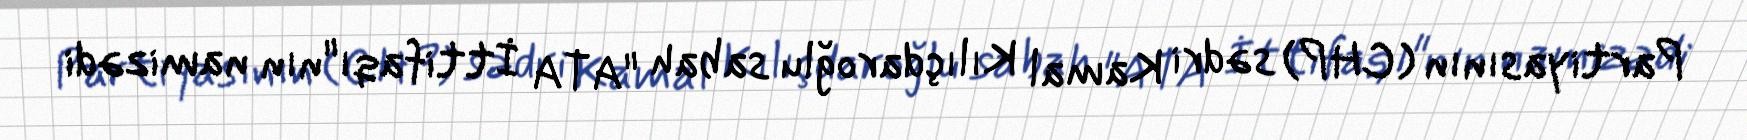
Partiyasının (CHP) sədri Kamal Kılıçdaroğlu sabah "ATA İttifaqı"nın namizədi